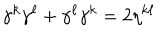
\gamma ^ { k } \gamma ^ { \ell } + \gamma ^ { \ell } \gamma ^ { k } = 2 \eta ^ { k \ell }